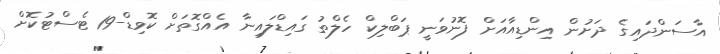
އާސަންދައިގެ ދަށުން އިންޑިއާއަށް ފޮނުވަނީ ޕަބްލިކް ހެލްތު ގައިޑްލައިނާ އެއްގޮތަށް ކޮވިޑް-19 ޓެސްޓުކޮށް